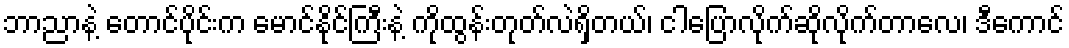
ဘာညာနဲ့ တောင်ပိုင်းက မောင်နိုင်ကြီးနဲ့ ကိုထွန်းတုတ်လဲရှိတယ်၊ ငါပြောလိုက်ဆိုလိုက်တာလေ၊ ဒီကောင်